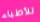
للأطباء